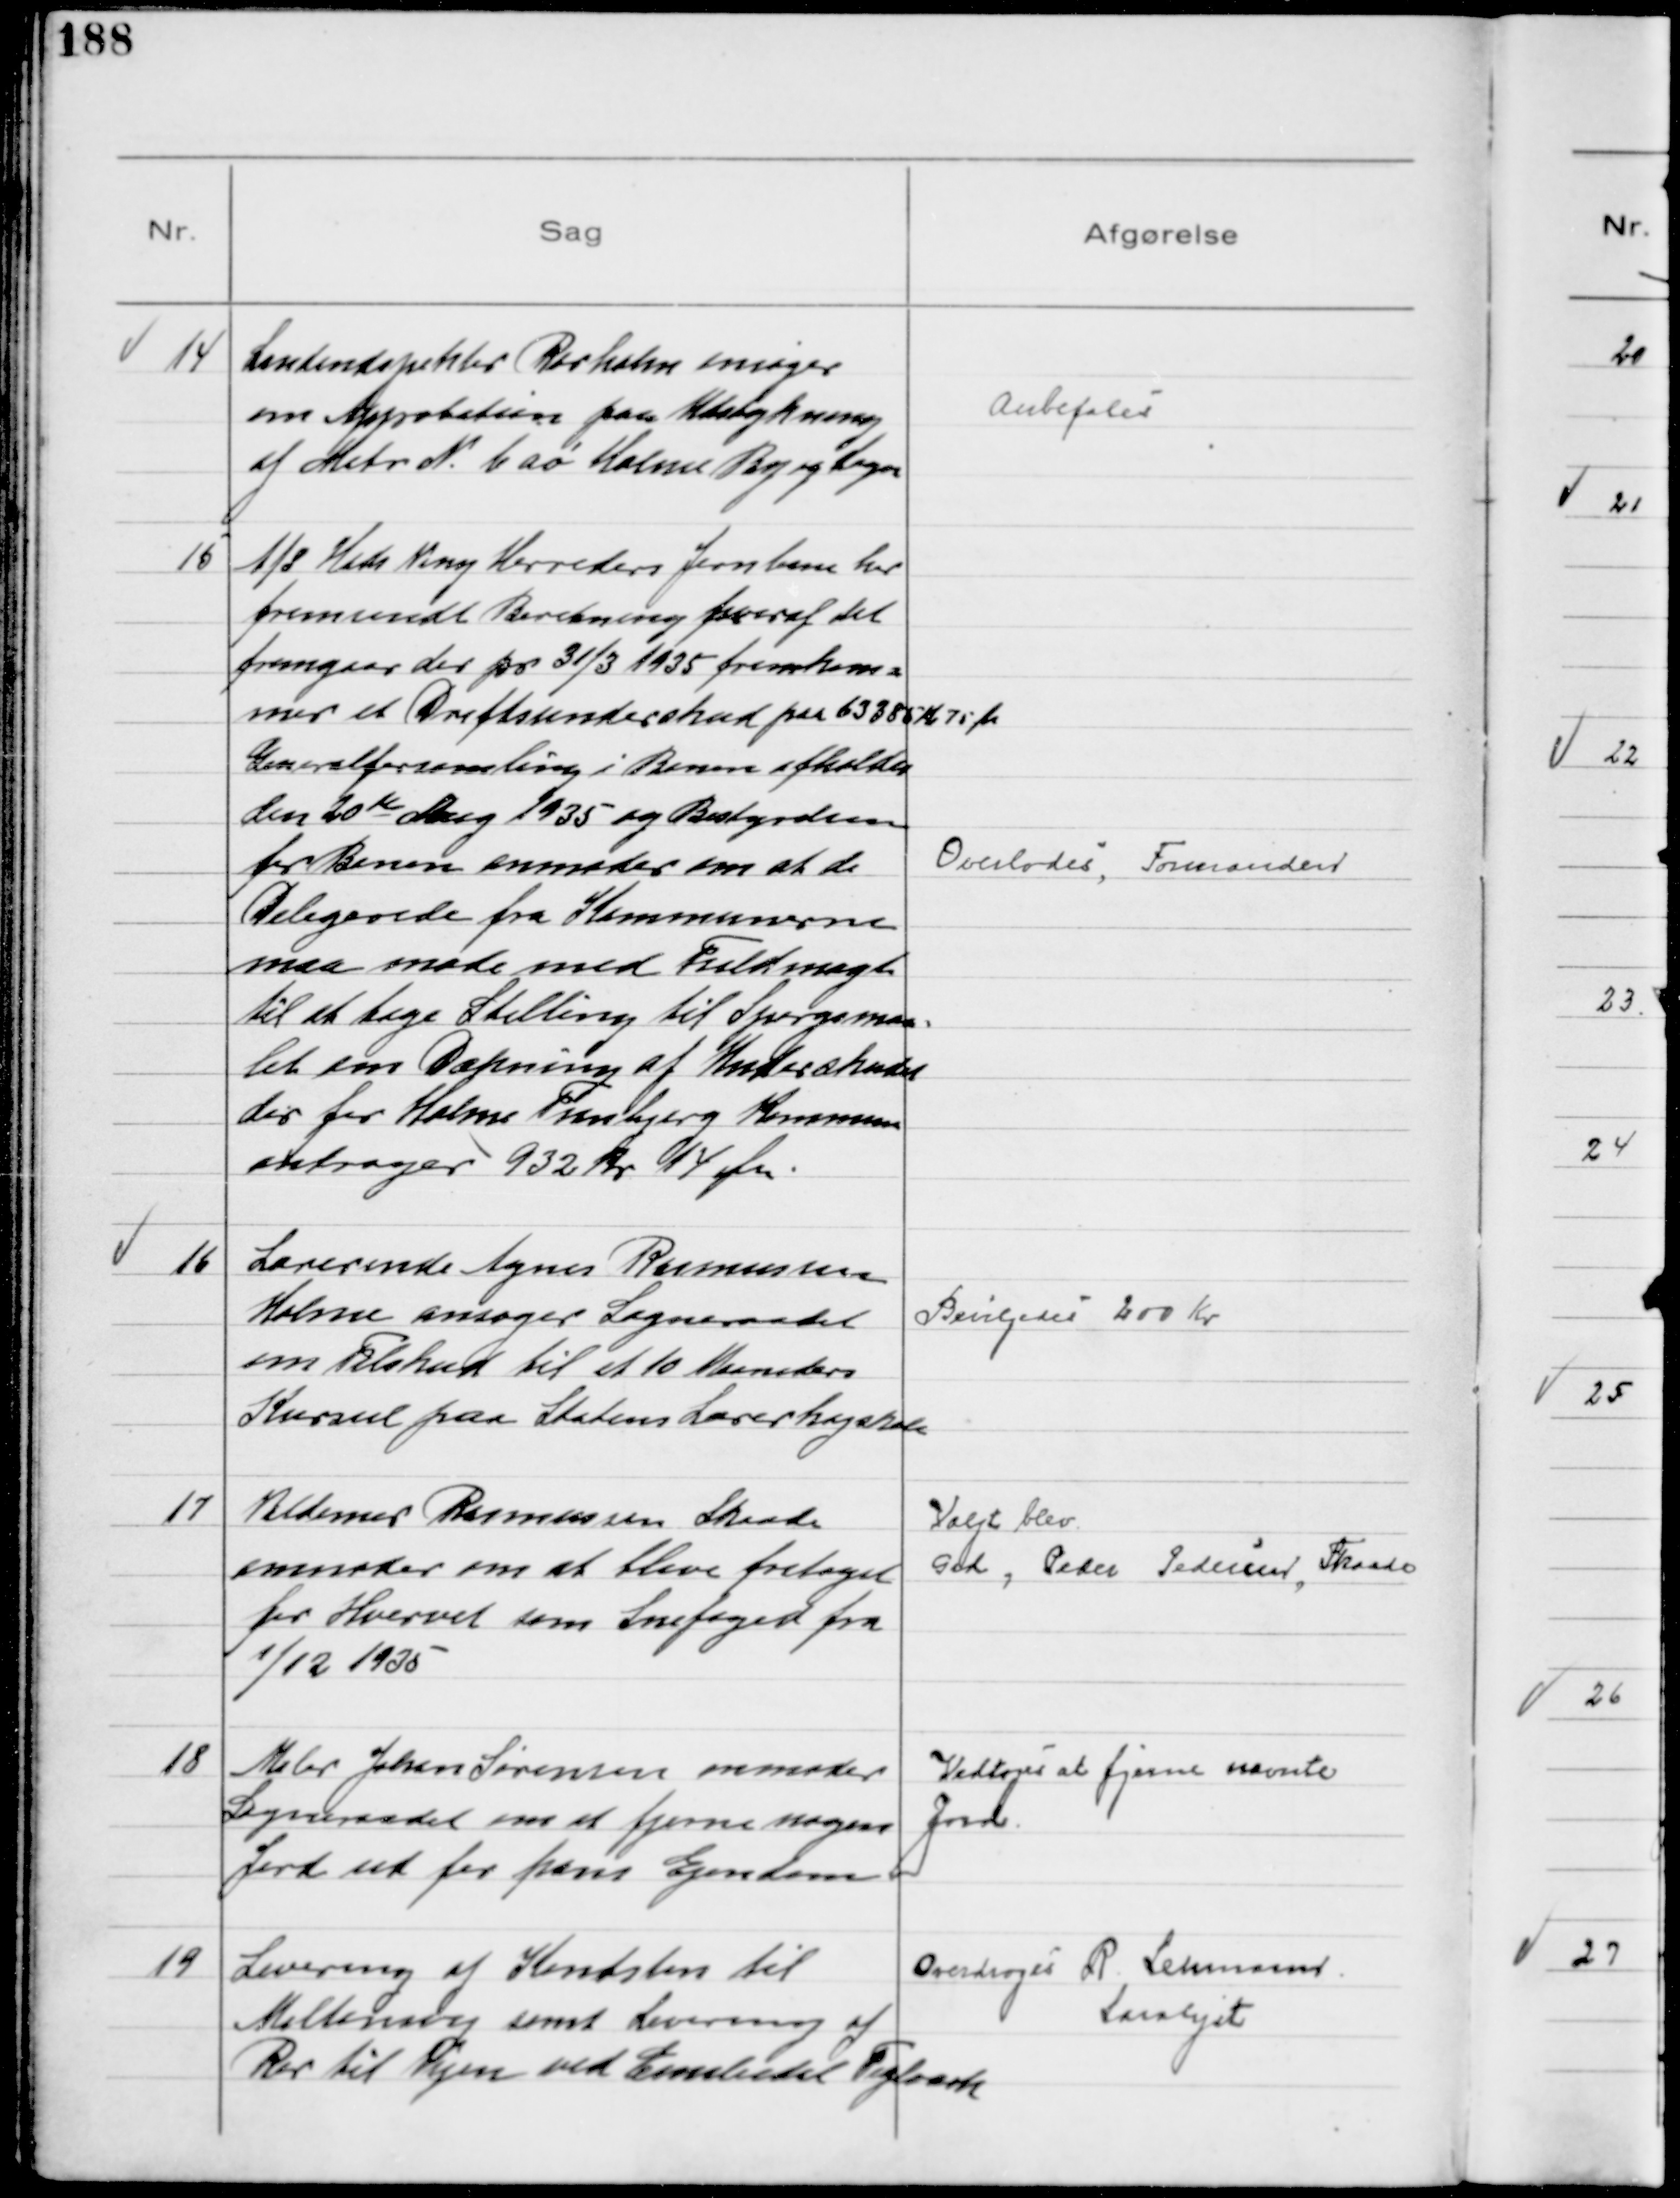
Transskription:
14
Landindspektør Rørholm ansøger
om Approbation paa Udstykning
 af Matr № 6 aø Holme By og Sogn

Anbefales

15
A/S Hads Ning Herreders Jernbane har
fremsendt Beretning hvoraf det
fremgaar der pr 31/3 1935 fremkom=
mer et Driftsunderskud paa 63385 Kr 75 Øre
Generalforsamling i Banen afholdes
den 20de Aug 1935 og Bestyrelsen
for Banen anmoder om at de
Delegerede fra Kommunerne
maa møde med Fuldmagt
til at tage Stilling til Spørgsmaa=
let om Dækning af Underskudet
der for Holme Tranbjerg Kommune
andrager 932 Kr 14 Øre.
Overlodes, Formanden

16
Lærerinde Agnes Rasmussen
Holme ansøger Sogneraadet
om Tilskud til et 10 Maaneders
Kursus paa Statens Lærerhøjskole

Bevilgedes 200 Kr

17
Valdemar Rasmussen Skaade
anmoder om at blive fritaget
for Hvervet som Snefoged fra
1/12 1935

Valgt blev
Grd, Peder Pedersen, Skaade

18
Maler Johan Sørensen anmoder
Sogneraadet om at fjerne nogen
Jord ud for hans Ejendom

Vedtoges at fjerne nævnte
Jord

19
Levering af Kantsten til
Miltonsvej samt Levering af
Rør til Vejen ved Emiliedal Teglværk

Overdroges R Lehmann
Saralyst